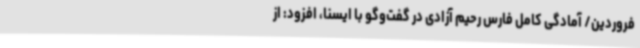
فروردین/ آمادگی کامل فارس رحیم آزادی در گفت‌وگو با ایسنا، افزود: از